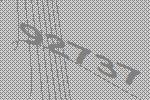
92737